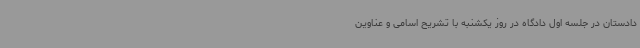
دادستان در جلسه اول دادگاه در روز یکشنبه با تشریح اسامی و عناوین